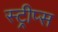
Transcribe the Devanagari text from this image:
स्ट्रीप्स